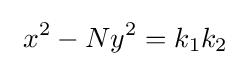
\ x^{2}-Ny^{2}=k_{1}k_{2}